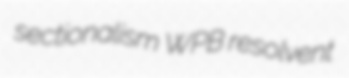
sectionalism WPB resolvent